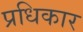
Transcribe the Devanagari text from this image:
प्रधिकार